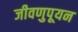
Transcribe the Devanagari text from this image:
जीवणुपूयन